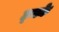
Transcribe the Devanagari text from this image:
छ्क्के